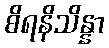
စိရနိသိန္နာ